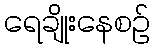
ရေချိုးနေစဉ်